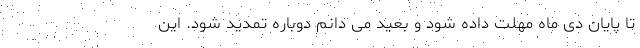
تا پایان دی ماه مهلت داده شود و بعید می دانم دوباره تمدید شود. این